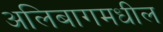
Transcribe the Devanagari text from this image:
अलिबागमधील